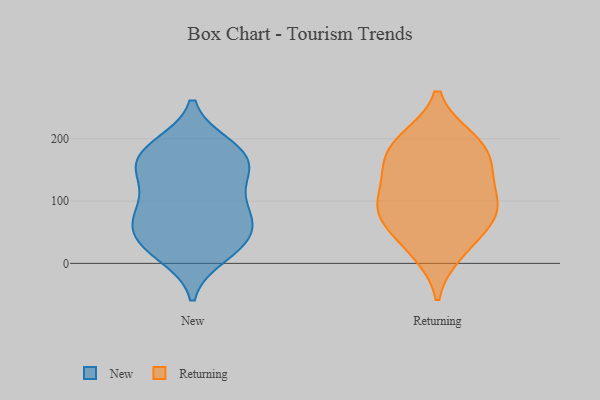
{"axis": {"x": "Production Output", "y": "Value"}, "legend": ["New", "Returning"], "data": [{"x": "", "y": 147, "type": "New"}, {"x": "", "y": 30, "type": "New"}, {"x": "", "y": 150, "type": "New"}, {"x": "", "y": 13, "type": "New"}, {"x": "", "y": 49, "type": "New"}, {"x": "", "y": 91, "type": "New"}, {"x": "", "y": 92, "type": "New"}, {"x": "", "y": 163, "type": "New"}, {"x": "", "y": 38, "type": "New"}, {"x": "", "y": 160, "type": "New"}, {"x": "", "y": 71, "type": "New"}, {"x": "", "y": 182, "type": "New"}, {"x": "", "y": 60, "type": "New"}, {"x": "", "y": 21, "type": "New"}, {"x": "", "y": 131, "type": "New"}, {"x": "", "y": 82, "type": "New"}, {"x": "", "y": 189, "type": "New"}, {"x": "", "y": 186, "type": "New"}, {"x": "", "y": 76, "type": "Returning"}, {"x": "", "y": 196, "type": "Returning"}, {"x": "", "y": 88, "type": "Returning"}, {"x": "", "y": 188, "type": "Returning"}, {"x": "", "y": 102, "type": "Returning"}, {"x": "", "y": 83, "type": "Returning"}, {"x": "", "y": 18, "type": "Returning"}, {"x": "", "y": 158, "type": "Returning"}, {"x": "", "y": 31, "type": "Returning"}, {"x": "", "y": 143, "type": "Returning"}, {"x": "", "y": 199, "type": "Returning"}, {"x": "", "y": 147, "type": "Returning"}, {"x": "", "y": 77, "type": "Returning"}]}